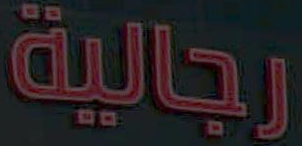
رجالية